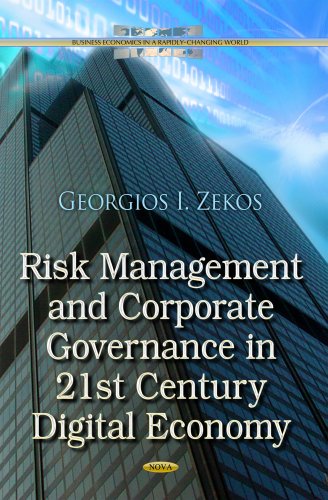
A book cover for Risk Management and Corporate Governance in 21st Century Digital Economy (Business Economics in a Rapidly Changing World); Georgios I., Ph.D. Zekos; Business & Money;